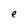
Character: e